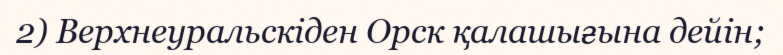
2) Верхнеуральскіден Орск қалашығына дейін;